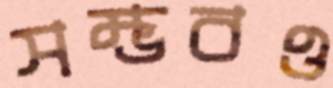
সম্ভবও